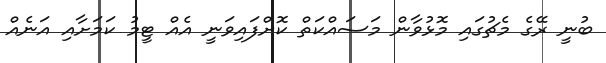
ބުނީ ރޭގެ މެޗުގައި މޮޅުވާން މަސައްކަތް ކޮށްފައިވަނީ އެއް ޓީމު ކަމަށާއި އަނެއް